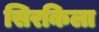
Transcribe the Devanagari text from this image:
सिरकिला